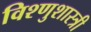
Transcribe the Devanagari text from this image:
विश्णुशास्त्री